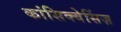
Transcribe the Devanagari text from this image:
कांसिक्वेसिंज़